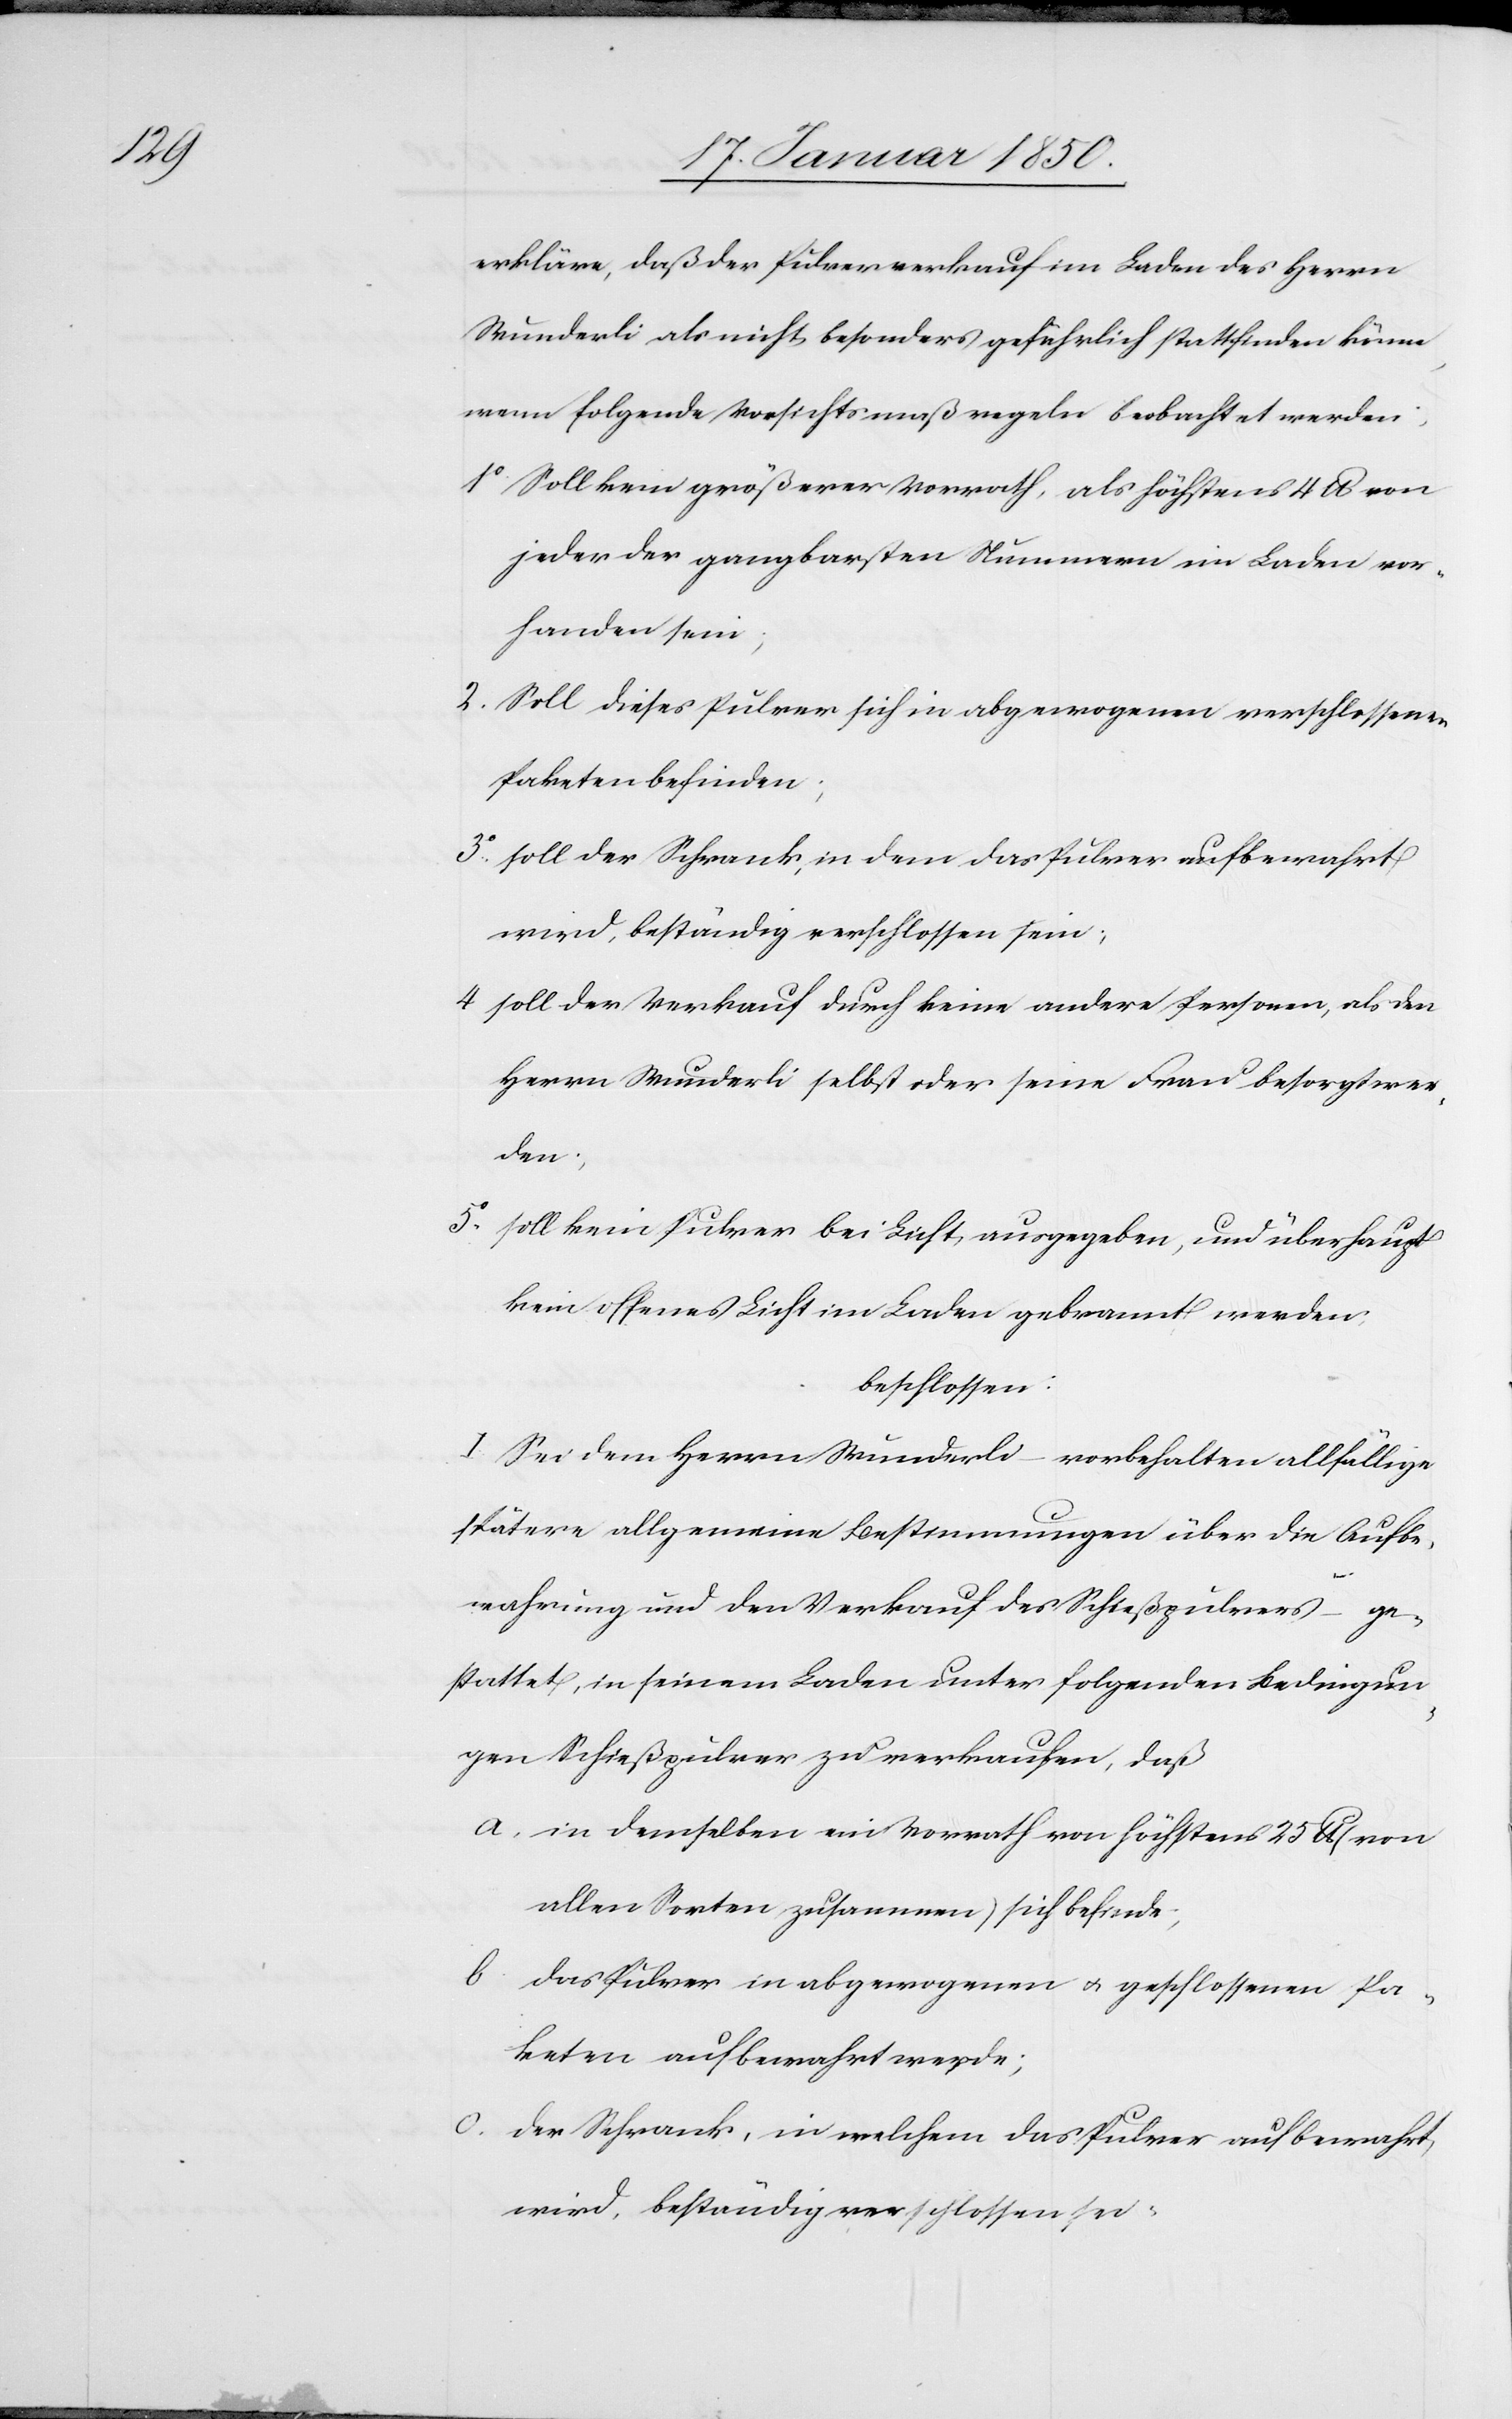
erkläre, daß der Pulververkauf im Laden des Herrn
Wunderli als nicht besonders gefährlich stattfinden könne,
wenn folgende Vorsichtsmaßregeln beobachtet werden:
1o Soll kein größerer Vorrath, als höchstens 4 lb von
jeder der gangbarsten Nummern im Laden vor¬
handen sein;
2. Soll dieses Pulver sich in abgewogenen verschlossenen
Paketen befinden;
3o soll der Schrank, in dem das Pulver aufbewahrt
wird, beständig verschlossen sein;
4 soll der Verkauf durch keine andere Personen, als den
Herrn Wunderli selbst oder seine Frau besorgt wer¬
den;
5. soll kein Pulver bei Licht ausgegeben, und überhaupt
kein offenes Licht im Laden gebrannt werden;
beschlossen:
I. Sei dem Herrn Wunderli – vorbehalten allfällige
spätere allgemeine Bestimmungen über die Aufbe¬
wahrung und den Verkauf des Schießpulvers – ge¬
stattet, in seinem Laden unter folgenden Bedingun¬
gen Schießpulver zu verkaufen, daß
a. in demselben ein Vorrath von höchstens 25 lb (von
allen Sorten zusammen) sich befinde;
b. das Pulver in abgewogenen u. geschlossenen Pa¬
keten aufbewahrt werde;
c. der Schrank, in welchem das Pulver aufbewahrt
wird, beständig verschlossen sei.